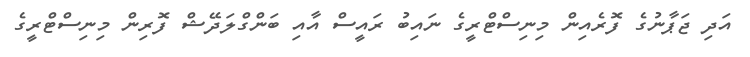
އަދި ޖަޕާނުގެ ފޮރެއިން މިނިސްޓްރީގެ ނައިބު ރައީސް އާއި ބަންގްލަދޭޝް ފޮރިން މިނިސްޓްރީގެ